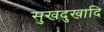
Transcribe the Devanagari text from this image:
सुखदुखादि